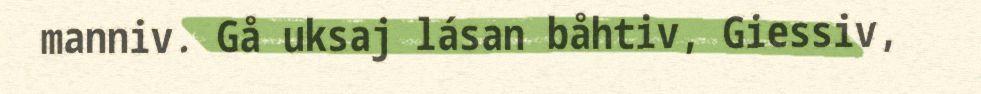
manniv. Gå uksaj lásan båhtiv, Giessiv,